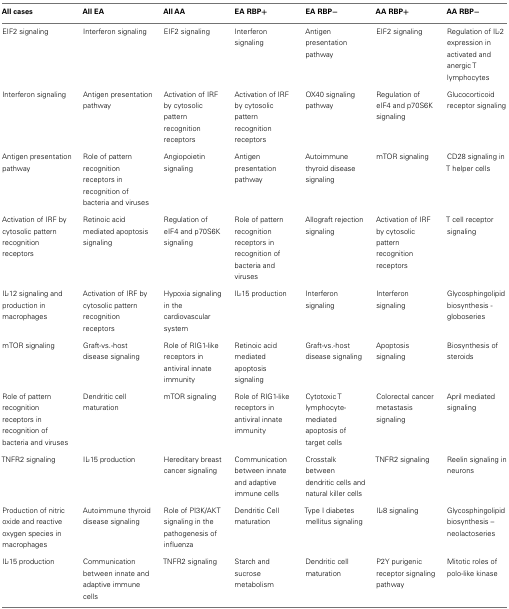
<table><thead><tr><td><b>All cases</b></td><td><b>All EA</b></td><td><b>All AA</b></td><td><b>EA RBP+</b></td><td><b>EA RBP−</b></td><td><b>AA RBP+</b></td><td><b>AA RBP−</b></td></tr></thead><tbody><tr><td>EIF2 signaling</td><td>Interferon signaling</td><td>EIF2 signaling</td><td>Interferon signaling</td><td>Antigen presentation pathway</td><td>EIF2 signaling</td><td>Regulation of IL-2 expression in activated and anergic T lymphocytes</td></tr><tr><td>Interferon signaling</td><td>Antigen presentation pathway</td><td>Activation of IRF by cytosolic pattern recognition receptors</td><td>Activation of IRF by cytosolic pattern recognition receptors</td><td>OX40 signaling pathway</td><td>Regulation of eIF4 and p70S6K signaling</td><td>Glucocorticoid receptor signaling</td></tr><tr><td>Antigen presentation pathway</td><td>Role of pattern recognition receptors in recognition of bacteria and viruses</td><td>Angiopoietin signaling</td><td>Antigen presentation pathway</td><td>Autoimmune thyroid disease signaling</td><td>mTOR signaling</td><td>CD28 signaling in T helper cells</td></tr><tr><td>Activation of IRF by cytosolic pattern recognition receptors</td><td>Retinoic acid mediated apoptosis signaling</td><td>Regulation of eIF4 and p70S6K signaling</td><td>Role of pattern recognition receptors in recognition of bacteria and viruses</td><td>Allograft rejection signaling</td><td>Activation of IRF by cytosolic pattern recognition receptors</td><td>T cell receptor signaling</td></tr><tr><td>IL-12 signaling and production in macrophages</td><td>Activation of IRF by cytosolic pattern recognition receptors</td><td>Hypoxia signaling in the cardiovascular system</td><td>IL-15 production</td><td>Interferon signaling</td><td>Interferon signaling</td><td>Glycosphingolipid biosynthesis - globoseries</td></tr><tr><td>mTOR signaling</td><td>Graft-vs.-host disease signaling</td><td>Role of RIG1-like receptors in antiviral innate immunity</td><td>Retinoic acid mediated apoptosis signaling</td><td>Graft-vs.-host disease signaling</td><td>Apoptosis signaling</td><td>Biosynthesis of steroids</td></tr><tr><td>Role of pattern recognition receptors in recognition of bacteria and viruses</td><td>Dendritic cell maturation</td><td>mTOR signaling</td><td>Role of RIG1-like receptors in antiviral innate immunity</td><td>Cytotoxic T lymphocyte-mediated apoptosis of target cells</td><td>Colorectal cancer metastasis signaling</td><td>April mediated signaling</td></tr><tr><td>TNFR2 signaling</td><td>IL-15 production</td><td>Hereditary breast cancer signaling</td><td>Communication between innate and adaptive immune cells</td><td>Crosstalk between dendritic cells and natural killer cells</td><td>TNFR2 signaling</td><td>Reelin signaling in neurons</td></tr><tr><td>Production of nitric oxide and reactive oxygen species in macrophages</td><td>Autoimmune thyroid disease signaling</td><td>Role of PI3K/AKT signaling in the pathogenesis of influenza</td><td>Dendritic Cell maturation</td><td>Type I diabetes mellitus signaling</td><td>IL-8 signaling</td><td>Glycosphingolipid biosynthesis – neolactoseries</td></tr><tr><td>IL-15 production</td><td>Communication between innate and adaptive immune cells</td><td>TNFR2 signaling</td><td>Starch and sucrose metabolism</td><td>Dendritic cell maturation</td><td>P2Y purigenic receptor signaling pathway</td><td>Mitotic roles of polo-like kinase</td></tr></tbody></table>